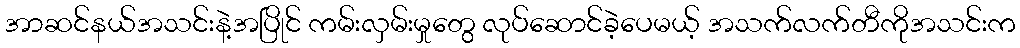
အာဆင်နယ်အသင်းနဲ့အပြိုင် ကမ်းလှမ်းမှုတွေ လုပ်ဆောင်ခဲ့ပေမယ့် အသက်လက်တီကိုအသင်းက